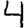
Digit: 4